Scottish Leaving Certificate Examination, 1960
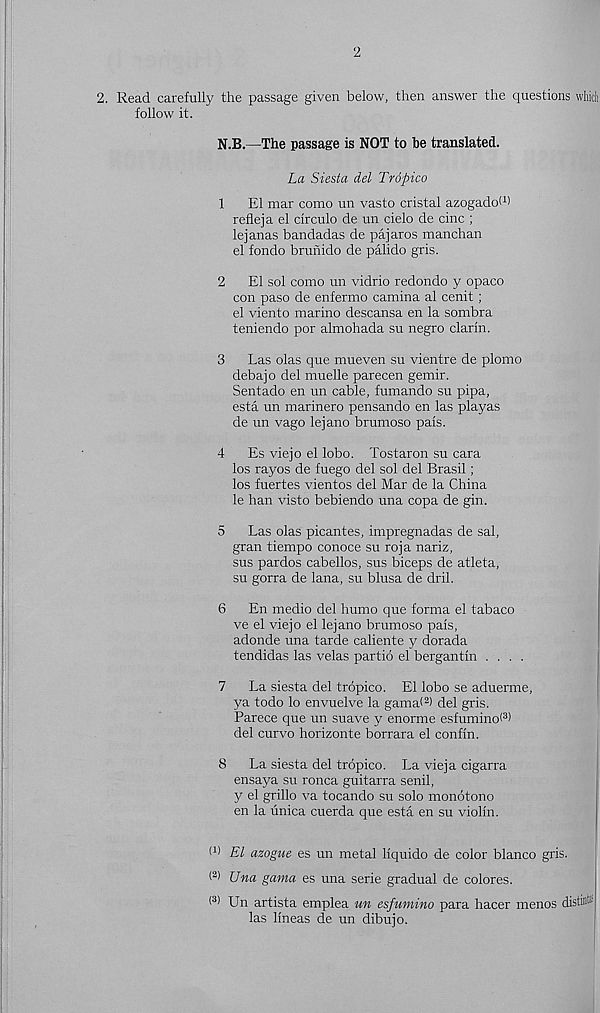
2
2. Read carefully the passage given below, then answer the questions which
follow it.
N.B.—The passage is NOT to be translated.
La Siesta del Tropico
1
El mar como un vasto cristal azogadol 1 '
refleja el circulo de un cielo de cine ;
lejanas bandadas de pajaros man chan
el fondo brunido de palido gris.
2 El sol como un vidrio redondo y opaco
con paso de enfermo camina al cenit;
el viento marine descansa en la sombra
teniendo por almohada su negro clarin.
3 Las olas que mueven su vientre de plomo
debajo del muelle parecen gemir.
Sentado en un cable, fumando su pipa,
esta un marinero pensando en las playas
de un vago lejano brumoso pais.
4 Es viejo el lobo. Tostaron su cara
los rayos de fuego del sol del Brasil;
los fuertes vientos del Mar de la China
le han visto bebiendo una copa de gin.
5 Las olas picantes, impregnadas de sal,
gran tiempo conoce su roja nariz,
sus pardos cabellos, sus biceps de atleta,
su gorra de lana, su blusa de drib
6 En medio del humo que forma el tabaco
ve el viejo el lejano brumoso pais,
adonde una tarde caliente y dorada
tendidas las velas partio el bergantin ....
7 La siesta del tropico. El lobo se aduerme,
ya todo lo envuelve la gama< 2 ) del gris.
Parece que un suave y enorme esfuminof 3 )
del curvo horizonte borrara el confin.
8 La siesta del tropico. La vieja cigarra
ensaya su ronca guitarra senil,
y el grille va tocando su solo monotono
en la unica cuerda que esta en su violin.
P) El azogue es un metal liquido de color bianco gris.
( 2 > Una gama es una serie gradual de colores.
Un artista emplea un esfumino para hacer menos distil®
las Hneas de un dibujo.